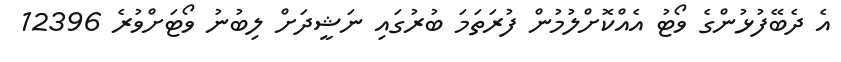
އެ ދެބޭފުޅުންގެ ވޯޓު އެއްކޮށްލުމުން ފުރަތަމަ ބުރުގައި ނަޝީދަށް ލިބުނު ވޯޓަށްވުރެ 12396